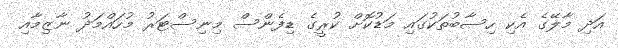
އަދި މާލޭގެ އެކި ހިސާބުތަކުގައި މަޑުކޮށް ކުރީގެ ޑިފެންސް މިނިސްޓަރު މުހައްމަދު ނާޒިމާއި